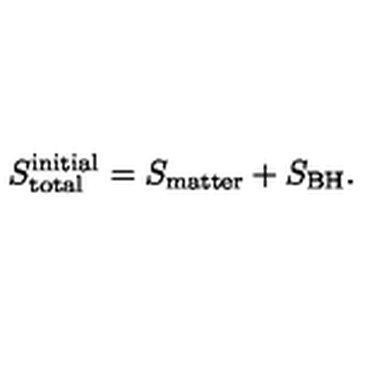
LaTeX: S _ { \mathrm { t o t a l } } ^ { \mathrm { i n i t i a l } } = S _ { \mathrm { m a t t e r } } + S _ { \mathrm { B H } } .